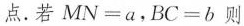
点。若$$MN=a，BC=b$$则